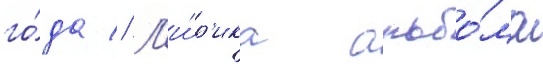
го́да // Л'и́р'ика альбо́ма